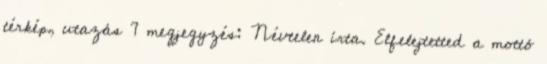
térkép, utazás 7 megjegyzés: Névtelen írta. Elfelejtetted a mottó